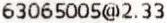
63065005@2.33